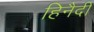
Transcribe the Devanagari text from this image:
हिनैदी